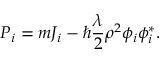
{ \cal P } _ { i } = m J _ { i } - \hbar { \frac { \lambda } { 2 } } \rho ^ { 2 } \phi _ { i } \phi _ { i } ^ { * } .